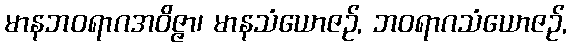
မာနဘဝရာဂအဝိဇ္ဇာ၊ မာနသံယောဇဉ်, ဘဝရာဂသံယောဇဉ်,